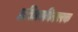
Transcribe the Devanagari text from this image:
प्रतिधवनिकारक